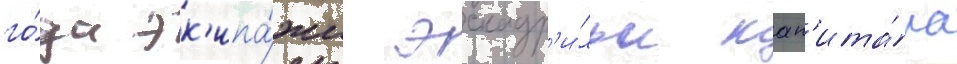
го́да эк'ипа́жи эскадр'и́льи кап'ита́на